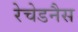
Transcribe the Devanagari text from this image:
रेचेडनैस